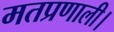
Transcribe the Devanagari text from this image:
मतप्रणाली।